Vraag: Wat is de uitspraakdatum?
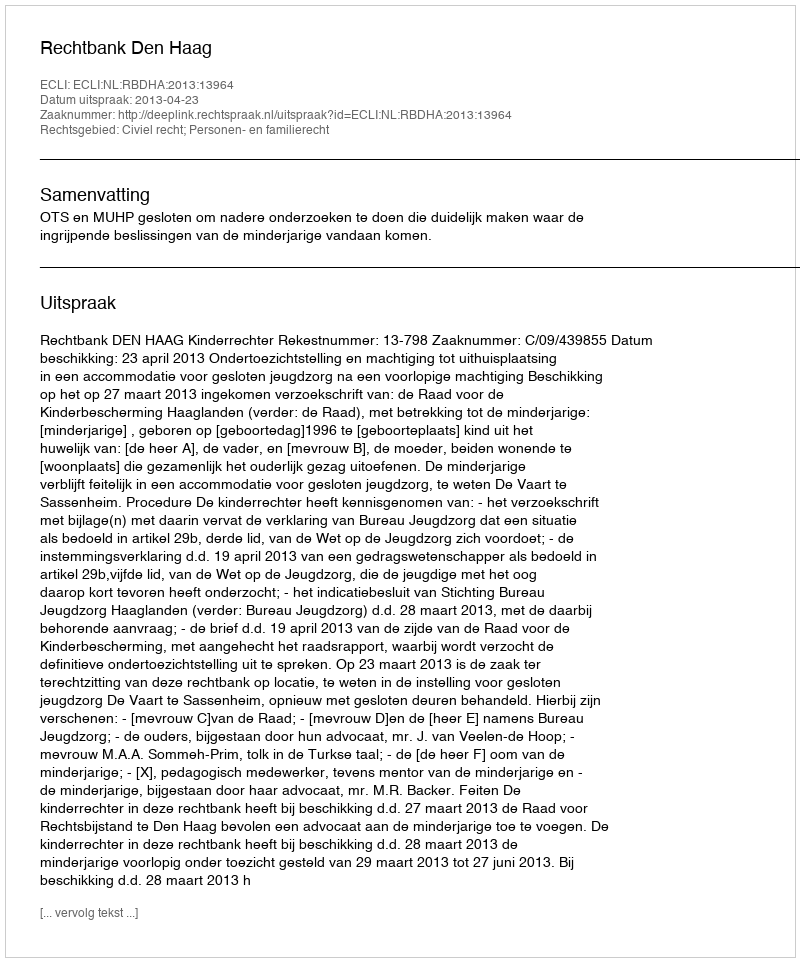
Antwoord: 2013-04-23